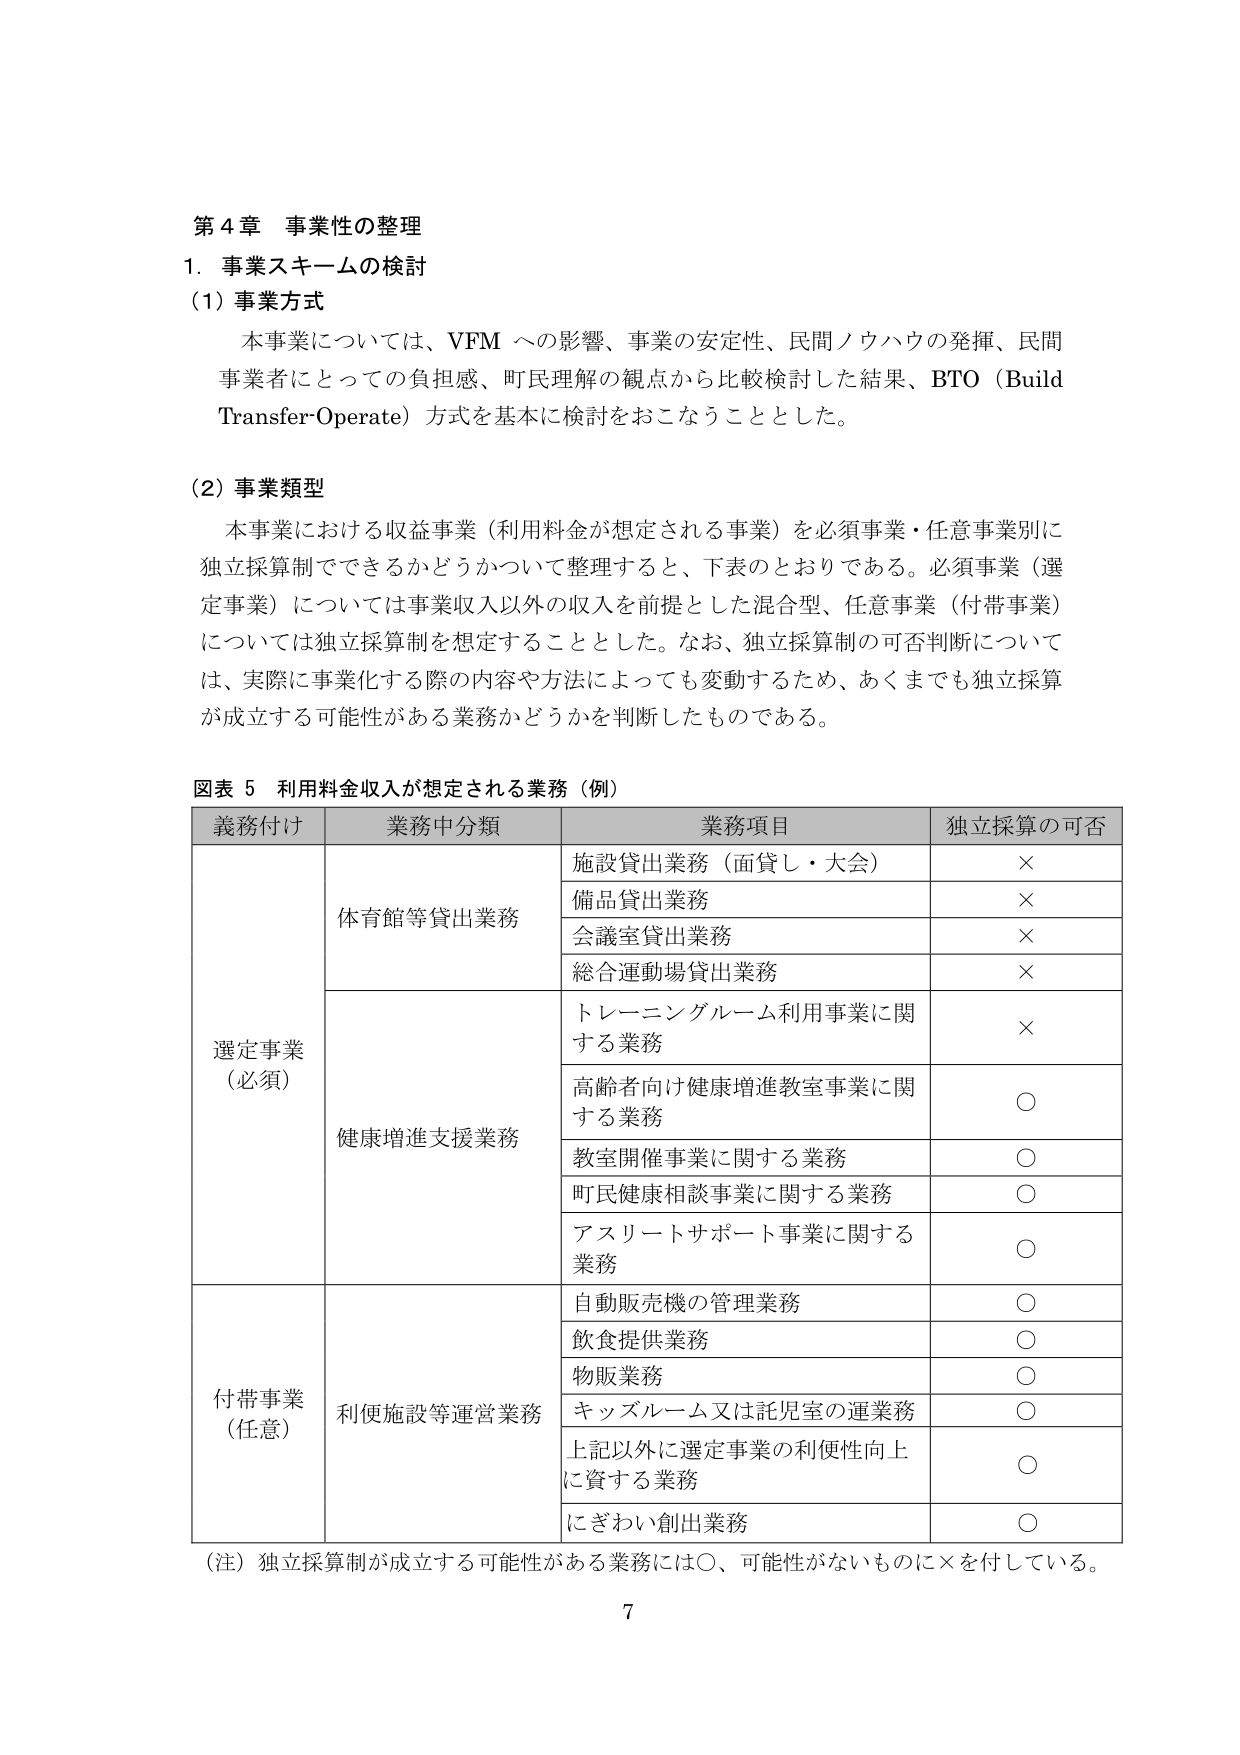
第４章 事業性の整理
1．事業スキームの検討
（1）事業方式
　本事業については、VFM への影響、事業の安定性、民間ノウハウの発揮、民間事業者にとっての負担感、町民理解の観点から比較検討した結果、BTO（Build Transfer-Operate）方式を基本的に検討をおこなうこととした。

（2）事業類型
　本事業における収益事業（利用料金が想定される事業）を必須事業・任意事業別に独立採算制でできるかどうかについて整理すると、下表のとおりである。必須事業（選定事業）については事業収入以外の収入を前提とした混合型、任意事業（付帯事業）については独立採算制を想定することとした。なお、独立採算制の可否判断については、実際に事業化する際の内容や方法によっても変動するため、あくまでも独立採算が成立する可能性がある業務かどうかを判断したものである。

図表 5 利用料金収入が想定される業務（例）
| 義務付け | 業務中分類 | 業務項目 | 独立採算の可否 |
|----------|------------|----------|----------------|
| 選定事業（必須） | 体育館等貸出業務 | 施設貸出業務（面貸し・大会） | × |
| | | 備品貸出業務 | × |
| | | 会議室貸出業務 | × |
| | | 総合運動場貸出業務 | × |
| | 健康増進支援業務 | トレーニングルーム利用事業に関する業務 | × |
| | | 高齢者向け健康増進教室事業に関する業務 | ○ |
| | | 教室開催事業に関する業務 | ○ |
| | | 町民健康相談事業に関する業務 | ○ |
| | | アスリートサポート事業に関する業務 | ○ |
| 付帯事業（任意） | 利便施設等運営業務 | 自動販売機の管理業務 | ○ |
| | | 飲食提供業務 | ○ |
| | | 物販業務 | ○ |
| | | キッズルーム又は託児室の運業務 | ○ |
| | | 上記以外に選定事業の利便性向上に資する業務 | ○ |
| | | にぎわい創出業務 | ○ |

（注）独立採算制が成立する可能性がある業務には○、可能性がないものに×を付している。
7